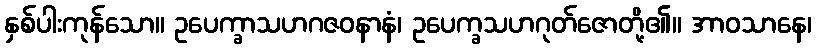
နှစ်ပါးကုန်သော။ ဥပေက္ခာသဟဂဇဝနာနံ၊ ဥပေက္ခသဟဂုတ်ဇောတို့၏။ အာဝသာနေ၊